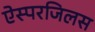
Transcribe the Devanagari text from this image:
ऐस्परजिलस